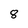
Character: 8